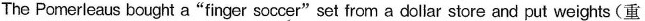
The Pomerleaus bought a"finger soccer"set from a dollar store and put weights(重